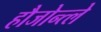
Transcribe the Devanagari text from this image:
हौजोन्त्ले